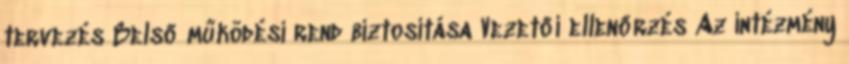
tervezés Belső működési rend biztosítása Vezetői ellenőrzés Az intézmény